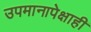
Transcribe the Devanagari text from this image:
उपमानापेक्षाही